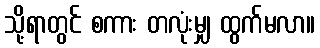
သို့ရာတွင် စကား တလုံးမျှ ထွက်မလာ။